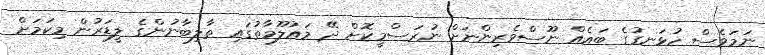
ނަމަވެސް ހުޅަނގުގެ ބައެއް ނޫސްވެރިންނަށް ނުރަސްމީކޮށް ދޭ މައުލޫމާތުގައި ތާލިބާނުންގެ ލީޑަރުން މިކަމަށް